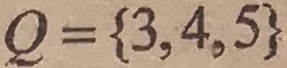
Q = \{ 3 , 4 , 5 \}